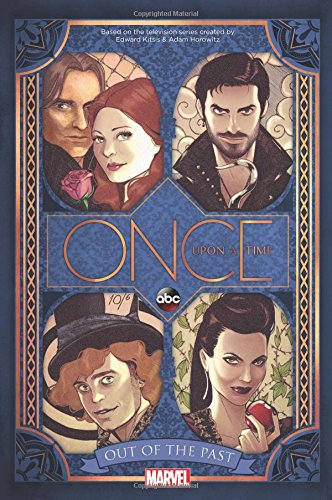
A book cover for Once Upon a Time: Out of the Past; Kalinda Vazquez; Comics & Graphic Novels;